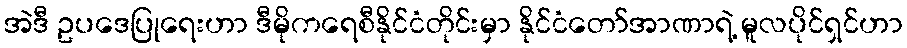
အဲဒီ ဥပဒေပြုရေးဟာ ဒီမိုကရေစီနိုင်ငံတိုင်းမှာ နိုင်ငံတော်အာဏာရဲ့ မူလပိုင်ရှင်ဟာ